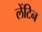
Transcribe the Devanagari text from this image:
लेंटिन